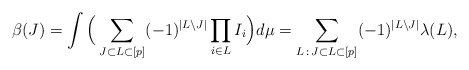
\begin{align*}\beta(J) &= \int \Big( \sum_{J\subset L \subset [p]} (-1)^{|L\setminus J|} \prod_{i\in L} I_i \Big) d\mu =\sum_{L\, :\, J\subset L \subset [p]} (-1)^{|L\setminus J|} \lambda(L),\end{align*}